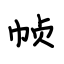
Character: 帧